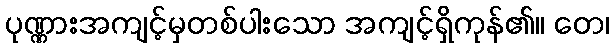
ပုဏ္ဏားအကျင့်မှတစ်ပါးသော အကျင့်ရှိကုန်၏။ တေ၊